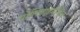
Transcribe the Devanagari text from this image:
पोलिडाइमेथिल